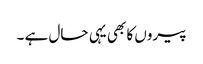
پیروں کا بھی یہی حال ہے ۔